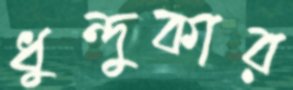
ধুন্দুকার